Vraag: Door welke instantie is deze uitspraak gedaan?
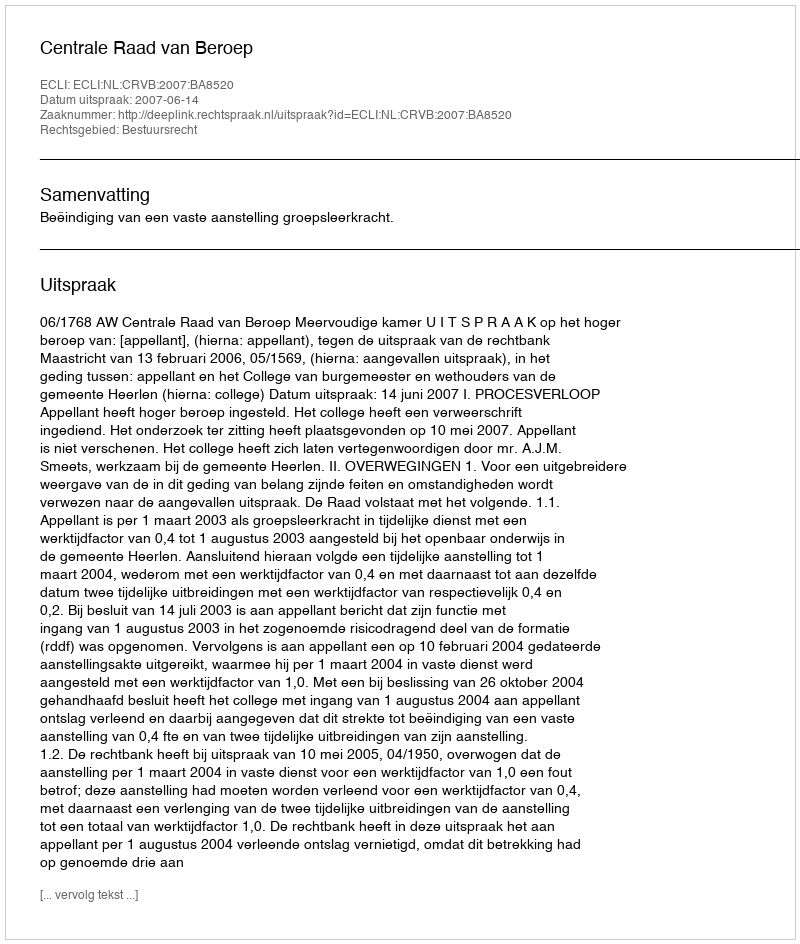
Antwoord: Centrale Raad van Beroep